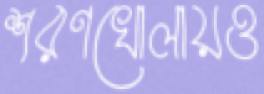
শরণখোলায়ও